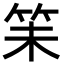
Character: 𬔴